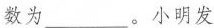
数为___。小明发